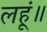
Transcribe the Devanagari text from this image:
लहूं॥